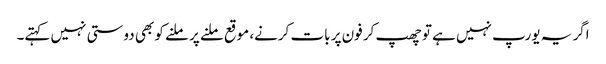
اگر یہ یورپ نہیں ہے تو چھپ کر فون پر بات کرنے، موقع ملنے پر ملنے کو بھی دوستی نہیں کہتے۔